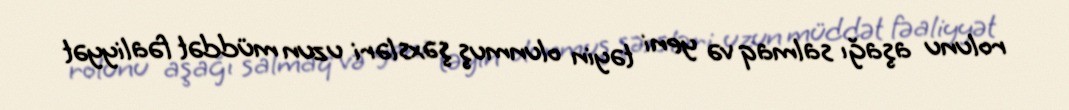
rolunu aşağı salmaq və yeni təyin olunmuş şəxsləri uzun müddət fəaliyyət